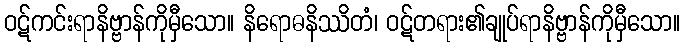
ဝဋ်ကင်းရာနိဗ္ဗာန်ကိုမှီသော။ နိရောဓနိဿိတံ၊ ဝဋ်တရား၏ချုပ်ရာနိဗ္ဗာန်ကိုမှီသော။